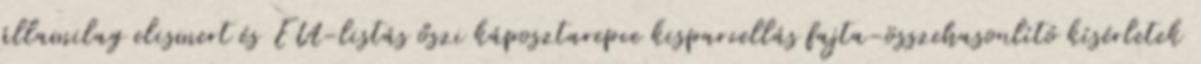
államilag elismert és EU-listás őszi káposztarepce kisparcellás fajta-összehasonlító kísérletek